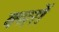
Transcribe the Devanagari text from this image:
क्मरों